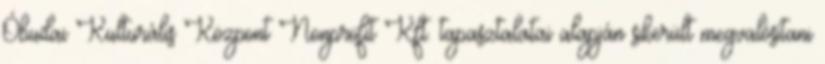
Óbudai Kulturális Központ Nonprofit Kft. tapasztalatai alapján sikerült megvalósítani